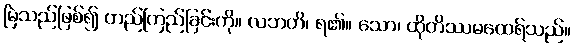
မြဲသည်ဖြစ်၍ တည်ကြည်ခြင်းကို။ လဘတိ၊ ရ၏။ သော၊ ထိုတိဿမထေရ်သည်။